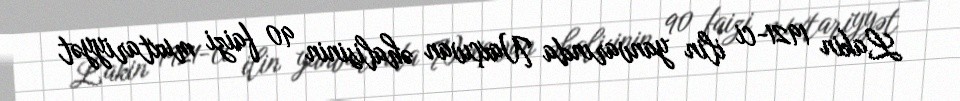
Lakin 1921-ci ilin yanvarında Naxçıvan əhalisinin 90 faizi muxtariyyət